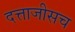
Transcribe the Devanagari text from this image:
दत्ताजीसच